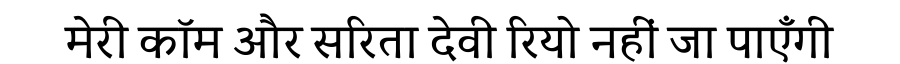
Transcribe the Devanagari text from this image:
मेरी कॉम और सरिता देवी रियो नहीं जा पाएँगी